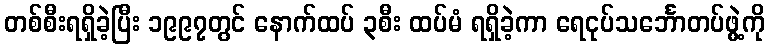
တစ်စီးရရှိခဲ့ပြီး ၁၉၉၇တွင် နောက်ထပ် ၃စီး ထပ်မံ ရရှိခဲ့ကာ ရေငုပ်သင်္ဘောတပ်ဖွဲ့ကို